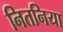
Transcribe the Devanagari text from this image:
नितनिया